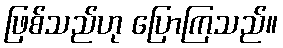
ဖြစ်သည်ဟု ပြောကြသည်။